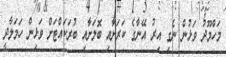
މަހްމޫދު ވަޅުން ނެގި އިރު އޭނާގެ ކަރަށާއި ބޮލަށާއި ބުރަކައްޓަށް ވަޅިން ހަމަލާދީ